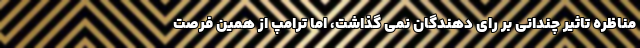
مناظره تاثیر چندانی بر رای دهندگان نمی گذاشت، اما ترامپ از همین فرصت